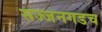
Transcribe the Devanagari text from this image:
सज्जनगडच